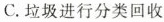
C.垃圾进行分类回收